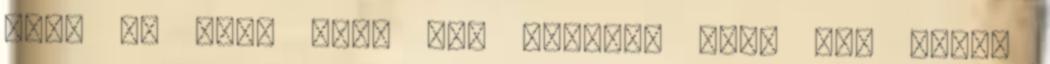
meg, az örök élet már unalmas mert nem tudod